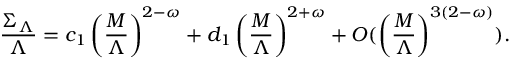
\frac { \Sigma _ { \Lambda } } { \Lambda } = c _ { 1 } \left( \frac { M } { \Lambda } \right) ^ { 2 - \omega } + d _ { 1 } \left( \frac { M } { \Lambda } \right) ^ { 2 + \omega } + { \cal O } ( \left( { \frac { M } { \Lambda } } \right) ^ { 3 ( 2 - \omega ) } ) .